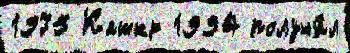
1975 Кашкр 1994 получи́л